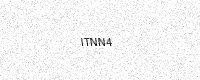
Text: ITNN4